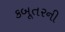
કબૂતરની